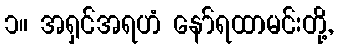
၁။ အရှင်အရဟံ နော်ရထာမင်းတို့,